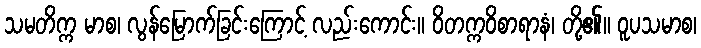
သမတိက္က မာစ၊ လွန်မြောက်ခြင်းကြောင့် လည်းကောင်း။ ဝိတက္ကဝိစာရာနံ၊ တို့၏။ ဝူပသမာစ၊